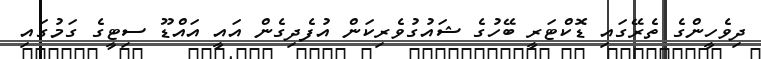
ދިވެހީންގެ ތެރޭގައި ޑޮކްޓަރީ ބޭހުގެ ޝައުގުވެރިކަން އުފެދިގެން އައީ އައްޑޫ ސިޓީގެ ގަމުގައި